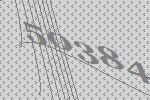
50384